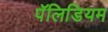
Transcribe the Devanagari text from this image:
पॅलिडियम